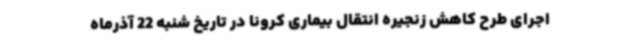
اجرای طرح کاهش زنجیره انتقال بیماری کرونا در تاریخ شنبه 22 آذرماه